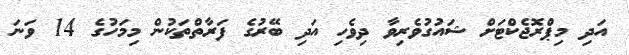
އަދި މިޕްރޮޖެކްޓަށް ޝައުގުވެރިވާ ދިވެހި އަދި ބޭރުގެ ފަރާތްތަކުން މިމަހުގެ 14 ވަނަ